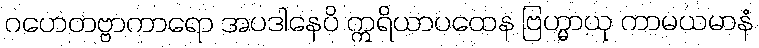
ဂဟေတဗ္ဗာကာရော အပဒါနေပိ ဣရိယာပထေန ဗြဟ္မာယု ကာမယမာနံ